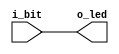
`timescale 1ns / 1ps
//////////////////////////////////////////////////////////////////////////////////
// Company: 
// Engineer: 
// 
// Design Name: 
// Module Name:    pruebacarga 
// Project Name: 
// Target Devices: 
// Tool versions: 
// Description: 
//
// Dependencies: 
//
// Revision: 
// Revision 0.01 - File Created
// Additional Comments: 
//
//////////////////////////////////////////////////////////////////////////////////
module pruebacarga(
	input wire [7:0]i_bit,
	output wire [7:0]o_led
    );
	 
	 assign o_led = i_bit;
	 

endmodule